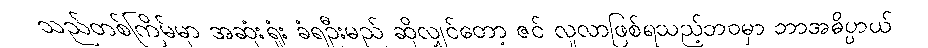
သည်တစ်ကြိမ်မှာ အဆုံးရှုံး ခံရဦးမည် ဆိုလျှင်တော့ ဇင် လူလာဖြစ်ရသည့်ဘဝမှာ ဘာအဓိပ္ပာယ်